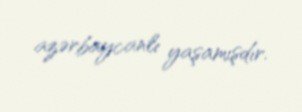
azərbaycanlı yaşamışdır.